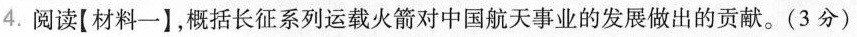
4.阅读[材料一】，概括长征系列运载火箭对中国航天事业的发展做出的贡献。(3分)